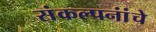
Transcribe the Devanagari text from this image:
संंकल्पनांंचे